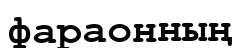
фараонның